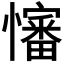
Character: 𪬺